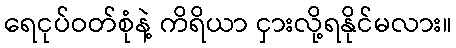
ရေငုပ်ဝတ်စုံနဲ့ ကိရိယာ ငှားလို့ရနိုင်မလား။